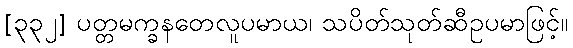
[၃၃၂] ပတ္တမက္ခနတေလူပမာယ၊ သပိတ်သုတ်ဆီဥပမာဖြင့်။